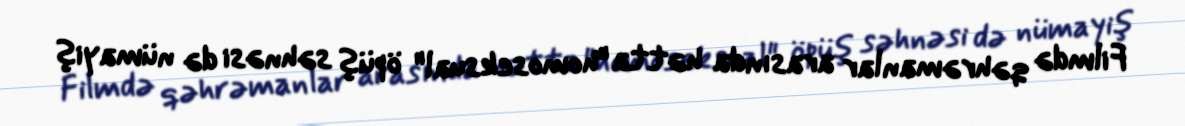
Filmdə qəhrəmanlar arasında hətta "homoseksual" öpüş səhnəsi də nümayiş